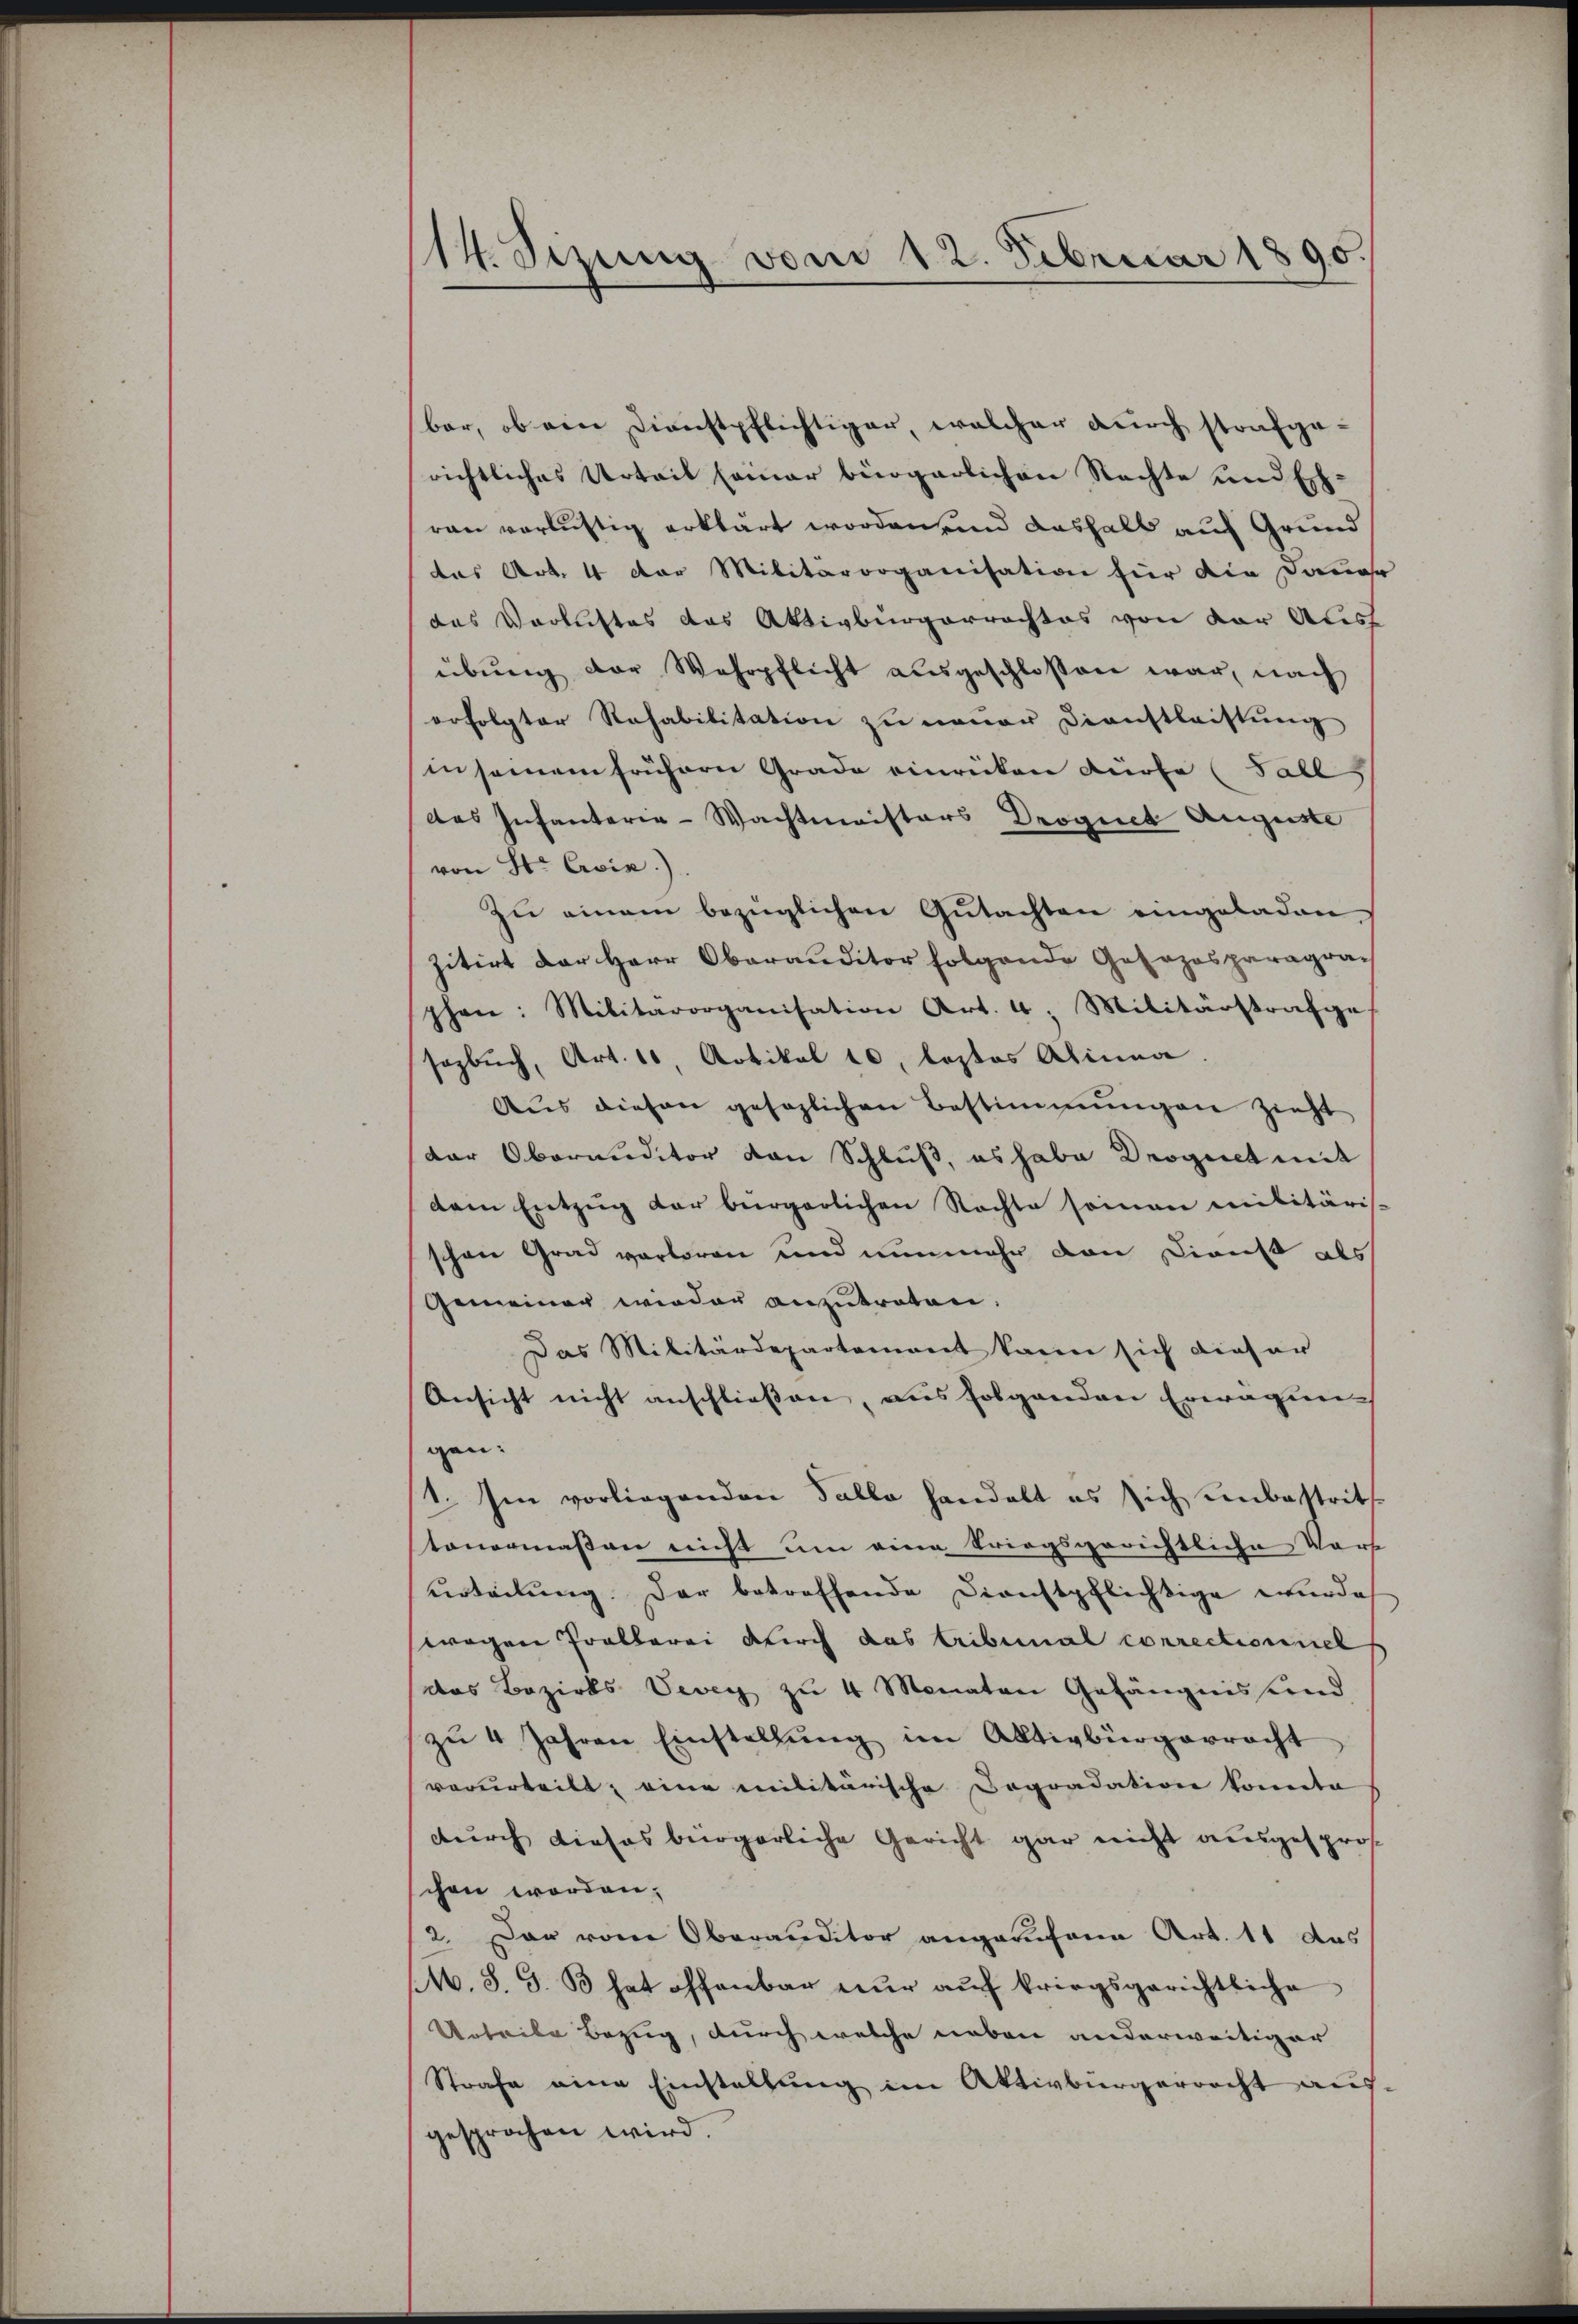
/14. Sizung vom 12. Februar 1890

bar, ob ein Dienstpflichtiger, welcher durch strafge
richtliches Urteil seiner bürgerlichen Nachte und Echran verlustig erklärt worden, und deshalb auf Grund
das Art. 4 der Militärorganisation für die Dauer
das Verlustes das Aktivbürgerrachtes von der Aust
übŭng der Wehrpflicht aŭsgeschlossen war, nach
erfolgter Rehabilitation zu neuer Dienstleistung
insamem frühern Grade einrücken dürfe (Fall
des Infanterie-Wachtmeisters Droguet Auguste
von St. Civix)
zu einem bezüglichen Gutachten eingeladen
zitirt der Herr Oberanditor folgende Gosozosparagraphen: Militärorganisation Art. 4: Militärstrafge
sozbŭch, Art. 10, Artikel 10, lostes Alinea.
Aŭs diesen gesezlichen Bestimmungen zieht
dar Oberauditor von Schluß, es habe Droguet mit
dem Entzug der bürgerlichen Rechte soman militäris-
schon Grad verloren und nunmehr von Dienst als
Gemeiner wieder anzutreten.
Das Militärdepartement kann sich dieser
Ansicht nicht anschließen, aus folgenden Erwägung
gen:
1. Im vorliegenden Falle handelt es sich unbestrit
tonermaßen nicht um eine kriegsgerichtliche Vors
urteilung der betreffende Dienstpflichtige wurde
wegen Prollerei durch das tribunal correctionnel
das Bezirks Vevey zu 4 Monaten Gefängnis und
zŭ 4 Jahren Einstellŭng im Aktivbürgerracht
verurteilt, eine militärische Dogradation konnte
durch dieses bürgerliche Gericht gar nicht ausgesproschon worden.
2. Das vom Oberanditor angerufene Art. 11 das
(16. 8. J. B hat offenbar nŭr aŭf kriegsgerichtliche
Urteile Bezug, durch welche neben anderweitiger
Strafe eine Einstellung im Aktivbürgerrecht aus-
gesprochen wird.